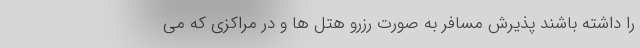
را داشته باشند پذیرش مسافر به صورت رزرو هتل ها و در مراکزی که می